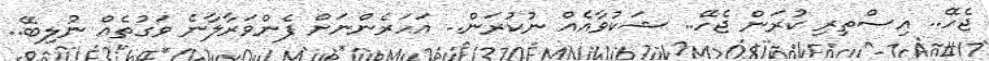
ޖެހޭ.. އިސްތިރި ކުރަން ޖެހޭ.. ޝަކުވާއެއް ނުކުރަން.. އަހަރެންނަށް ފެންވަރާލާނެ ވަގުތެއް ނުލިބޭ..